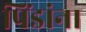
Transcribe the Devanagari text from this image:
पिंडांना